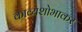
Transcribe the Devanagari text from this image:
काव्यशोभाकर